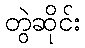
တွဲဆိုင်း